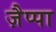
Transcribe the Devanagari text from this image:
ज़ैप्पा